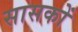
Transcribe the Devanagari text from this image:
सासकों